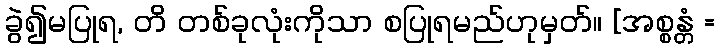
ခွဲ၍မပြုရ, တိ တစ်ခုလုံးကိုသာ စပြုရမည်ဟုမှတ်။ [အစ္စန္တံ =